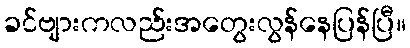
ခင်ဗျားကလည်းအတွေးလွန်နေပြန်ပြီ။